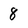
Character: 8